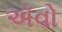
ઍવો